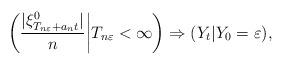
LaTeX: \begin{align*}\biggl( \frac{|\xi^0_{T_{n\varepsilon} + a_n t}|}{n} \bigg| T_{n\varepsilon} <\infty\biggr)\Rightarrow(Y_t | Y_0 = \varepsilon), \end{align*}